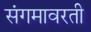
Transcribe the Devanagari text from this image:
संगमावरती